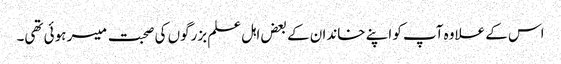
اس کے علاوہ آپ کو اپنے خاندان کے بعض اہل علم بزرگوں کی صحبت میسر ہوئی تھی۔